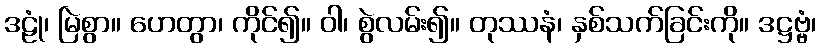
ဒဠုံ၊ မြဲစွာ။ ဟေတွာ၊ ကိုင်၍။ ဝါ၊ စွဲလမ်း၍။ တုဿနံ၊ နှစ်သက်ခြင်းကို။ ဒဋ္ဌဗ္ဗံ၊